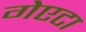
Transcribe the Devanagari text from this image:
गेएटा